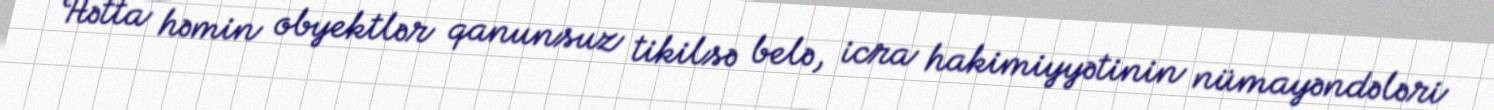
Hətta həmin obyektlər qanunsuz tikilsə belə, icra hakimiyyətinin nümayəndələri